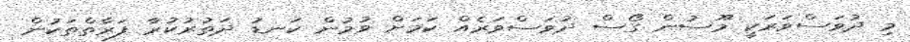
މި ދުވަސްވަރަކީ މޫސުން ގޯސް ދުވަސްވަރެއް ކަމަށް ވުމުން ކަނޑު ދަތުރުކުރާ ފަރާތްތަކުން